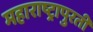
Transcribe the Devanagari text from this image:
महाराष्ट्रापुरती